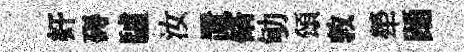
奸碍驢汝置脩劬頌敦犖踊